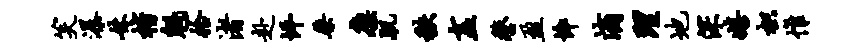
笑瀑妹楷魁拾渚赴坪桀廪肌秩盍鏊盈悴滴理地深嬉枳帷